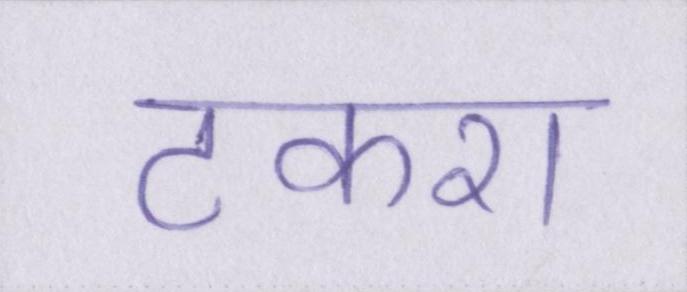
टकरा